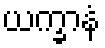
ယက္ခာနံ